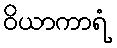
ဝိယာကာရံ